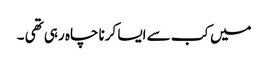
میں کب سے ایسا کرنا چاہ رہی تھی ۔